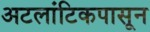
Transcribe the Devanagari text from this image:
अटलांटिकपासून